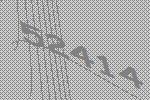
52414